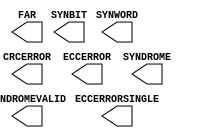
// $Header: /devl/xcs/repo/env/Databases/CAEInterfaces/xec_libs/data/unisims/FRAME_ECC_VIRTEX6.v,v 1.4 2009/09/02 19:42:58 vandanad Exp $
///////////////////////////////////////////////////////////////////////////////
// Copyright (c) 1995/2009 Xilinx, Inc.
// All Right Reserved.
///////////////////////////////////////////////////////////////////////////////
//   ____  ____
//  /   /\/   /
// /___/  \  /    Vendor : Xilinx
// \   \   \/     Version : 11.1i (L.11)
//  \   \         Description : Xilinx Formal Library Component
//  /   /
// /___/   /\     Filename : FRAME_ECC_VIRTEX6.v
// \   \  /  \    Timestamp :
//  \___\/\___\
//
// Revision:
//    04/28/09 - Initial version.
// End Revision

`timescale  1 ps / 1 ps

module FRAME_ECC_VIRTEX6 (
  CRCERROR,
  ECCERROR,
  ECCERRORSINGLE,
  FAR,
  SYNBIT,
  SYNDROME,
  SYNDROMEVALID,
  SYNWORD
);
  parameter FARSRC = "EFAR";
  parameter FRAME_RBT_IN_FILENAME = "frame_rbt_v6.txt";

  output CRCERROR;
  output ECCERROR;
  output ECCERRORSINGLE;
  output SYNDROMEVALID;
  output [12:0] SYNDROME;
  output [23:0] FAR;
  output [4:0] SYNBIT;
  output [6:0] SYNWORD;


endmodule